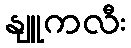
နျူကလီး